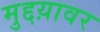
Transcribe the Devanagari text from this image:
मुद्दय़ावर